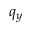
q _ { y }